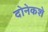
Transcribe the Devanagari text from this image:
दोनेकशे